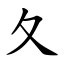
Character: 夂